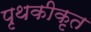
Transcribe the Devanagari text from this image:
पृथकीकृत